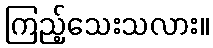
ကြည့်သေးသလား။